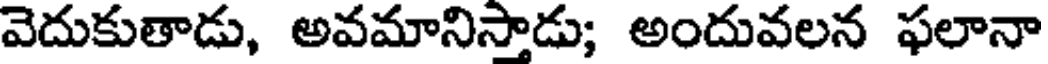
వెదుకుతాడు, అవమానిస్తాడు; అందువలన ఫలానా